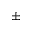
\pm